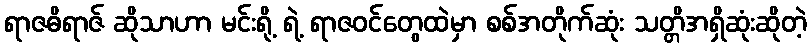
ရာဇဓိရာဇ် ဆိုသာဟာ မင်းရို့ ရဲ့ ရာဇဝင်တွေထဲမှာ စစ်အတိုက်ဆုံး သတ္တိအရှိဆုံးဆိုတဲ့